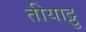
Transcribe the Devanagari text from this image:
तीयाट्टु